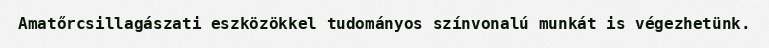
Amatőrcsillagászati eszközökkel tudományos színvonalú munkát is végezhetünk.